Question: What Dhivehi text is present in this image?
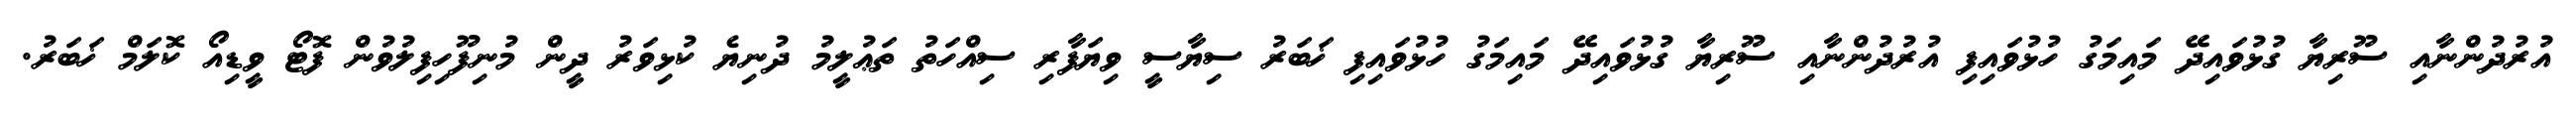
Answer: އުރުދުންނާއި ސޫރިޔާ ގުޅުވައިދޭ މައިމަގު ހުޅުވައިފި އުރުދުންނާއި ސޫރިޔާ ގުޅުވައިދޭ މައިމަގު ހުޅުވައިފި ޚަބަރު ސިޔާސީ ވިޔަފާރި ސިއްހަތު ތަޢުލީމު ދުނިޔެ ކުޅިވަރު ދީން މުނިފޫހިފިލުވުން ފޮޓޯ ވީޑިއޯ ކޮލަމް ޚަބަރު.